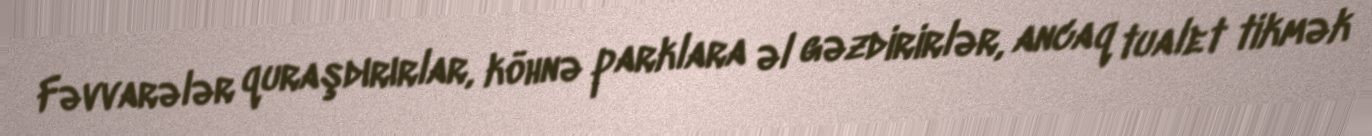
Fəvvarələr quraşdırırlar, köhnə parklara əl gəzdirirlər, ancaq tualet tikmək